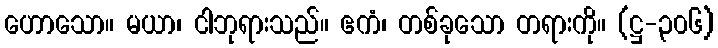
ဟောသော။ မယာ၊ ငါဘုရားသည်။ ဧကံ၊ တစ်ခုသော တရားကို။ (ဋ္ဌ-၃၀၆)